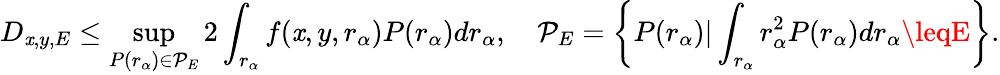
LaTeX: D_{\mathit{x},y,E}\leq\operatorname*{sup}_{P(r_{\alpha})\in\mathcal{{P}}_{E}}2\int_{r_{\alpha}}f(\mathit{x},y,r_{\alpha})P(r_{\alpha})dr_{\alpha},\quad\mathcal{{P}}_{E}=\left\{ P(r_{\alpha})|\int_{r_{\alpha}}r_{\alpha}^{2}P(r_{\alpha})dr_{\alpha}\leqE\right\} .